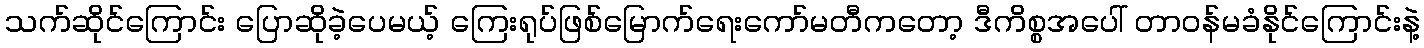
သက်ဆိုင်ကြောင်း ပြောဆိုခဲ့ပေမယ့် ကြေးရုပ်ဖြစ်မြောက်ရေးကော်မတီကတော့ ဒီကိစ္စအပေါ် တာဝန်မခံနိုင်ကြောင်းနဲ့